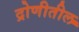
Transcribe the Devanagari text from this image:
द्रोणीतील